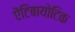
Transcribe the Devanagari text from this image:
एेंटिबायोटिक